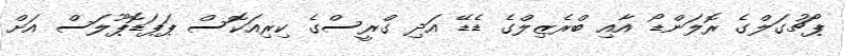
ޕޯޗުގަލްގެ ރޮލަންޑޯ އާއި ބްރެޒިލްގެ ޑެޑޭ އަދި ގްރީސްގެ ކިރިއަކޮސް ޕަޕަޑޮޕޫލަސް އަށް